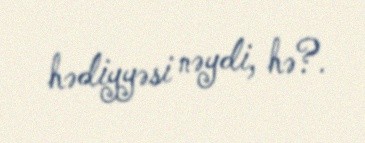
hədiyyəsi nəydi, hə?.